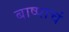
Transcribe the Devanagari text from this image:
बाष्पाचं